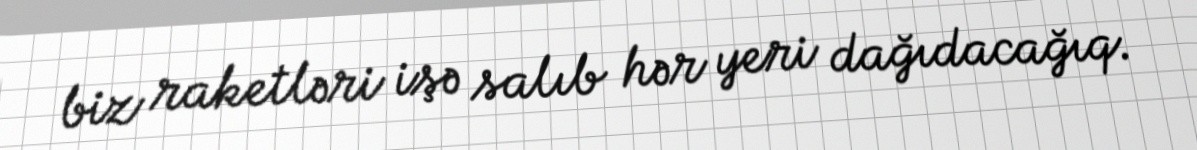
biz raketləri işə salıb hər yeri dağıdacağıq.